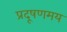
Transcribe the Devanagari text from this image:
प्रदूषणमय